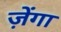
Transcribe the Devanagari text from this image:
ज़ेंगा